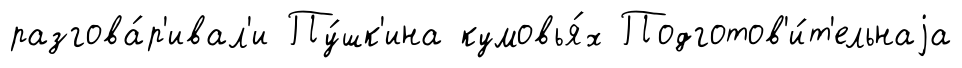
разгова́р'ивал'и Пу́шк'ина кумовья́х Подготов'и́т'ельнаjа